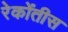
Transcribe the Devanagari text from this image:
रेकोंतीस